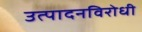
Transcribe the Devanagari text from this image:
उत्पादनविरोधी